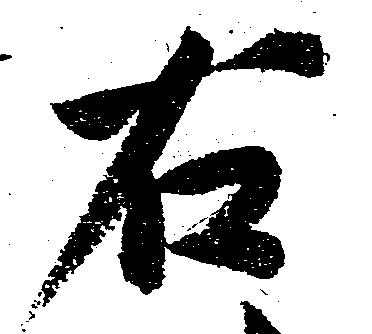
右